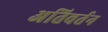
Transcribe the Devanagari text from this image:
अतिवर्तन